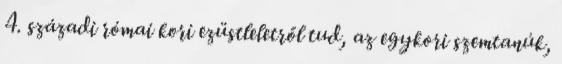
4. századi római kori ezüstleletről tud, az egykori szemtanúk,